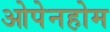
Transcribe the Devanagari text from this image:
ओपेनहोम